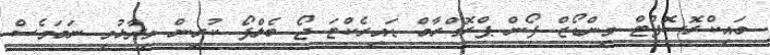
މައިކްރޮސޮފްޓް ވިންޑޯޒް ފޯން ޕްރޮގްރާމް ޑައިރެކްޓަ ޖޯ ބެލްފޯ ކުރިން ވިދާޅުވި ނަމަވެސް